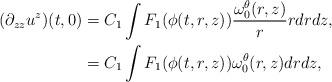
LaTeX: \begin{align*} (\partial_{zz} u^z)(t,0) &= C_1 \int F_1( \phi(t,r,z) ) \frac{\omega_0^{\theta}(r,z)} r rdr dz, \\ &= C_1 \int F_1( \phi(t,r,z) ) {\omega_0^{\theta}(r,z)} dr dz, \end{align*}